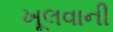
ખૂલવાની